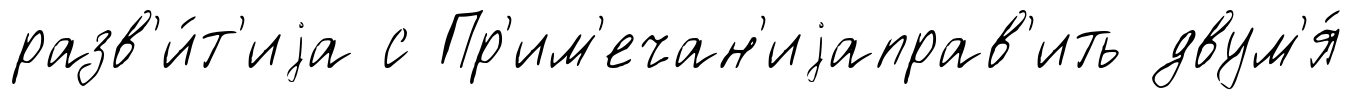
разв'и́т'иjа с Пр'им'ечан'иjаправ'ить двум'я́